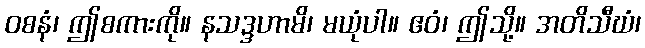
ဝစနံ၊ ဤစကားကို။ နသဒ္ဒဟာမိ၊ မယုံပါ။ ဧဝံ၊ ဤသို့။ အတိသီဃံ၊